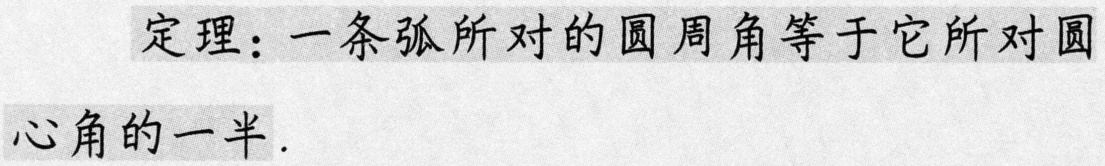
定理：一条弧所对的圆周角等于它所对圆心角的一半.